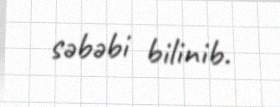
səbəbi bilinib.